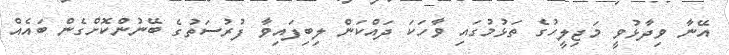
އޭނާ ވިދާޅުވީ މަޖިލީހުގެ ތަޅުމުގައި ވާހަކަ ދައްކަން ލިބިފައިވާ ފުރުސަތުގެ ބޭނުންކޮށްގެން ބައެއް